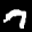
Label: 7